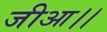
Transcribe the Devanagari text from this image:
जीआ।।